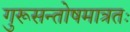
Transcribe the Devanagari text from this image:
गुरूसन्तोषमात्रतः